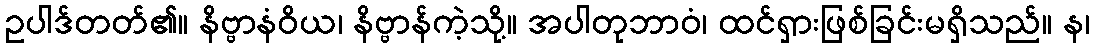
ဥပါဒ်တတ်၏။ နိဗ္ဗာနံဝိယ၊ နိဗ္ဗာန်ကဲ့သို့။ အပါတုဘာဝံ၊ ထင်ရှားဖြစ်ခြင်းမရှိသည်။ န၊